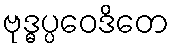
ဗုဒ္ဓပ္ပဝေဒိတေ